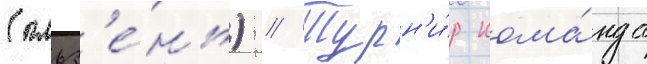
(пльз'е́нь) // Турн'и́р кома́нда